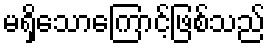
မရှိသောကြောင့်ဖြစ်သည်